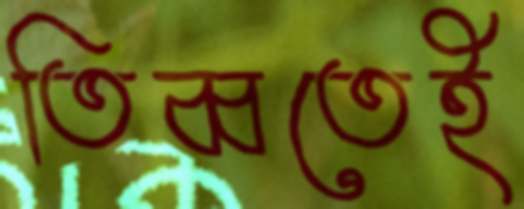
তিব্বতেই